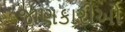
જાણકારીઓ